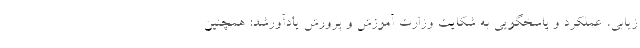
زیابی، عملکرد و پاسخگویی به شکایت وزارت آموزش و پرورش یادآورشد: همچنین